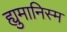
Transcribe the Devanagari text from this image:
ह्युमानिस्म